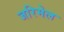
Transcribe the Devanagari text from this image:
जरिमेल